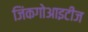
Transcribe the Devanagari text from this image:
जिंकगोआइटीज